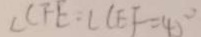
\angle C F E = \angle C E F = 4 0 ^ { \circ }